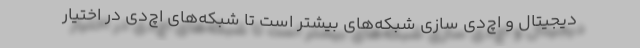
دیجیتال و اچ‌دی سازی شبکه‌های بیشتر است تا شبکه‌های اچ‌دی در اختیار